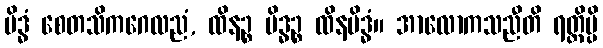
မိဒ္ဓံ စေတသိကဂေလညံ, ထိနဉ္စ မိဒ္ဓဉ္စ ထိနမိဒ္ဓံ။ အာလောကသညီတိ ရတ္တိမ္ပိ